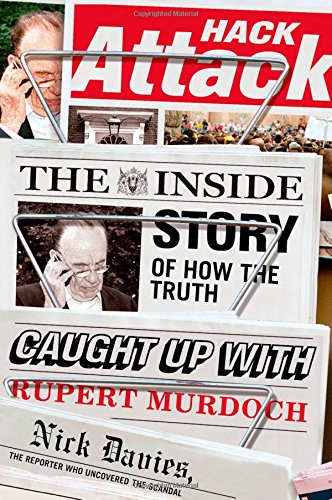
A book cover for Hack Attack: The Inside Story of How the Truth Caught Up with Rupert Murdoch; Nick Davies; Biographies & Memoirs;